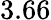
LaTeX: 3.66